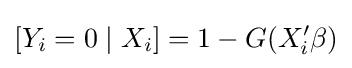
[Y_{i}=0\mid X_{i}]=1-G(X_{i}'\beta )